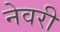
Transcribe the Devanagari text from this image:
नेवरी